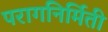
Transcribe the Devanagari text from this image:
परागनिर्मिती